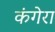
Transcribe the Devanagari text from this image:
कंगेरा